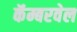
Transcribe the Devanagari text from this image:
कॅम्बरवेल